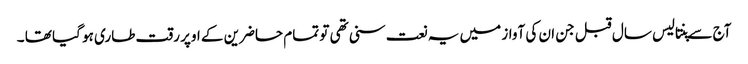
آج سے پنتالیس سال قبل جن ان کی آواز میں یہ نعت سنی تھی تو تمام حاضرین کے اوپر رقت طاری ہو گیا تھا ۔